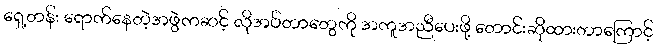
ရှေ့တန်း ရောက်နေတဲ့အဖွဲကဆင့် လိုအပ်တာတွေကို အကူအညီပေးဖို့ တောင်းဆိုထားတာကြောင့်